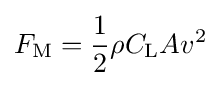
F_{\text{M}}={\frac {1}{2}}\rho C_{\text{L}}Av^{2}